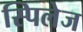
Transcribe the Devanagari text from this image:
स्पिलेज